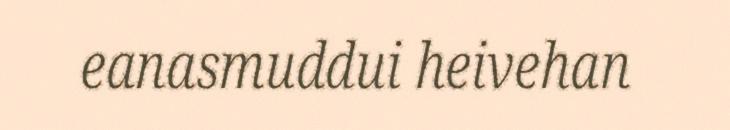
eanasmuddui heivehan